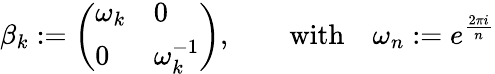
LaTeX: \beta_{k}:=\left(\begin{array}{ll}{{\omega_{k}}}&{{0}}\\ {{0}}&{{\omega_{k}^{-1}}}\end{array}\right),\qquad\mathrm{with}\quad\omega_{n}:=e^{\frac{2\pi i}{n}}